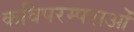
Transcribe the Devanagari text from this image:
कविपरम्पराओं